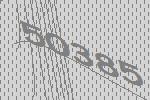
50385